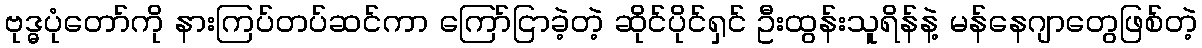
ဗုဒ္ဓပုံတော်ကို နားကြပ်တပ်ဆင်ကာ ကြော်ငြာခဲ့တဲ့ ဆိုင်ပိုင်ရှင် ဦးထွန်းသူရိန်နဲ့ မန်နေဂျာတွေဖြစ်တဲ့